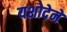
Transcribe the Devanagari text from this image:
यशोदेने